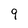
Character: 9